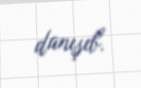
danışıb.